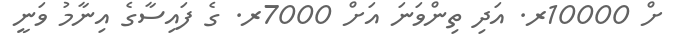
ށް 10000ރ. އަދި ތިންވަނަ އަށް 7000ރ. ގެ ފައިސާގެ އިނާމު ވަނީ